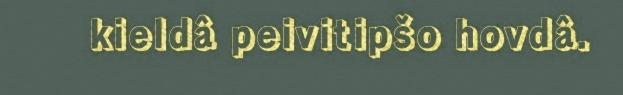
kieldâ peivitipšo hovdâ.